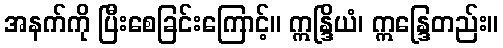
အနက်ကို ပြီးစေခြင်းကြောင့်။ ဣန္ဒြိယံ၊ ဣန္ဒြေတည်း။